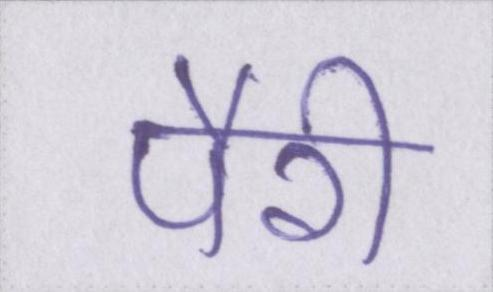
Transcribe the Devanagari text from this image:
पैरी